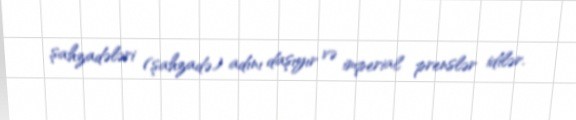
şahzadələri (şahzadə) adını daşıyır və imperial prenslər idilər.